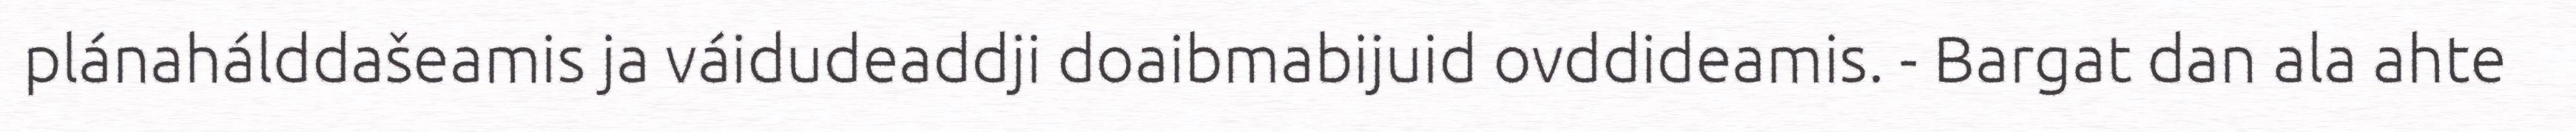
plánahálddašeamis ja váidudeaddji doaibmabijuid ovddideamis. - Bargat dan ala ahte